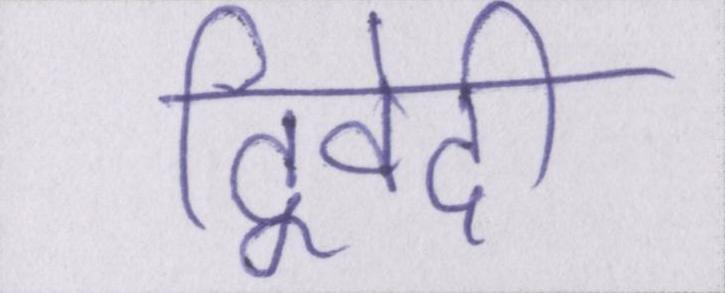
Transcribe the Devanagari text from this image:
द्विवेदी